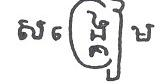
សង្គ្រៀម